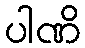
ပါဏိ